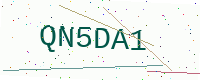
Text: QN5DA1